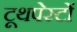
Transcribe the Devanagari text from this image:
टूथपेस्टों